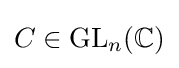
C\in \mathrm {GL} _{n}(\mathbb {C} )